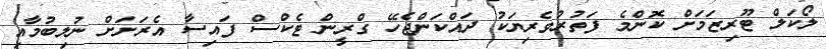
ލޯކަލް ޓޫރިޒަމަށް ކޮންމެ ފަތުރުވެރިޔަކު ދައްކަންޖެހޭ ގްރީން ޓެކްސް ފައިސާ އެރަށަށް ނުލިބުމާއި